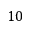
1 0